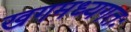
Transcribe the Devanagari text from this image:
खगमध्यगतः